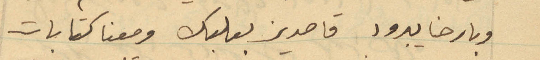
وبارحنا يبرود قاصدين بعلبك ومعنا كتابات